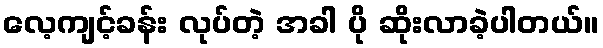
လေ့ကျင့်ခန်း လုပ်တဲ့ အခါ ပို ဆိုးလာခဲ့ပါတယ်။